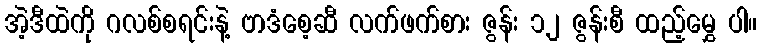
အဲ့ဒီထဲကို ဂလစ်စရင်းနဲ့ ဗာဒံစေ့ဆီ လက်ဖက်စား ဇွန်း ၁၂ ဇွန်းစီ ထည့်မွှေ ပါ။